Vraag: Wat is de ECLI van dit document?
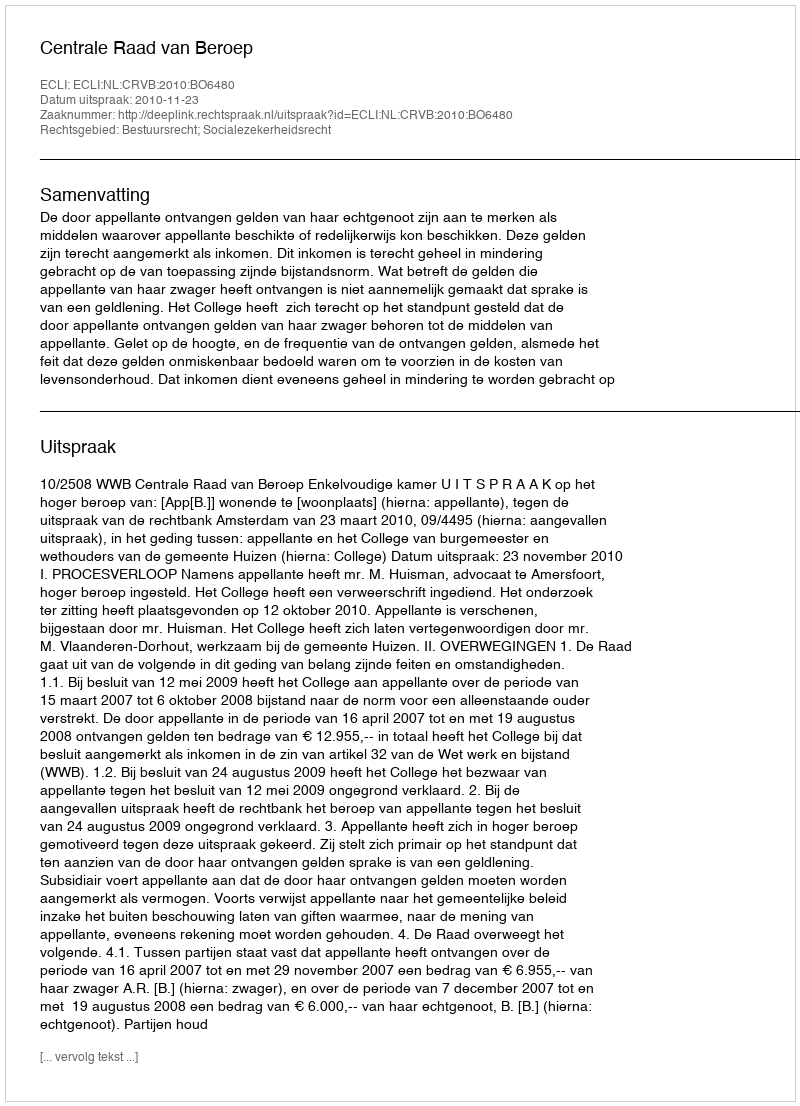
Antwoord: ECLI:NL:CRVB:2010:BO6480